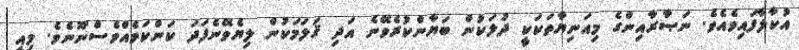
އުކާލާފައިވެއެވެ. ނަޞާރާއިންގެ މިއަނިޔާތަކަކީ ދުލަކުން ބަޔާންކުރެވޭނެ އަދި ޤަލަމަކުން ލިޔެވޭނެފަދަ ކަންކަމެއްވެސްނޫނެވެ. މިއީ